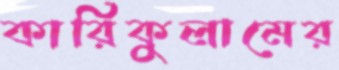
কারিকুলামের